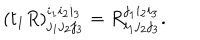
LaTeX: ( t _ { 1 } R ) _ { j _ { 1 } j _ { 2 } j _ { 3 } } ^ { i _ { 1 } i _ { 2 } i _ { 3 } } = R _ { i _ { 1 } j _ { 2 } j _ { 3 } } ^ { j _ { 1 } i _ { 2 } i _ { 3 } } .